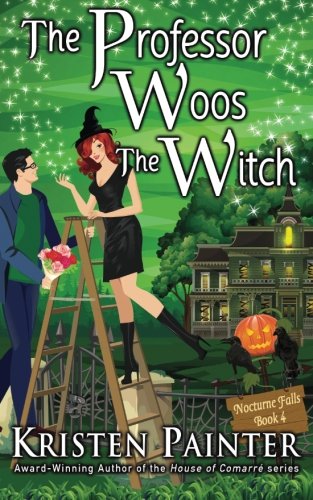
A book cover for The Professor Woos The Witch (Nocturne Falls) (Volume 4); Kristen Painter; Romance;